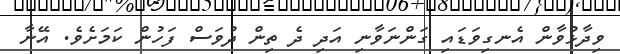
ވިދާޅުވާން އެނގިވަޑައި ގަންނަވާނި އަދި ދެ ތިން ދުވަސް ފަހުން ކަމަށެވެ. އޭނާ